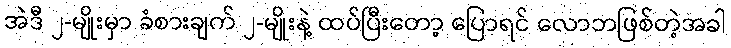
အဲဒီ ၂-မျိုးမှာ ခံစားချက် ၂-မျိုးနဲ့ ထပ်ပြီးတော့ ပြောရင် လောဘဖြစ်တဲ့အခါ